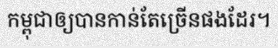
កម្ពុជាឲ្យបានកាន់តែច្រើនផងដែរ។